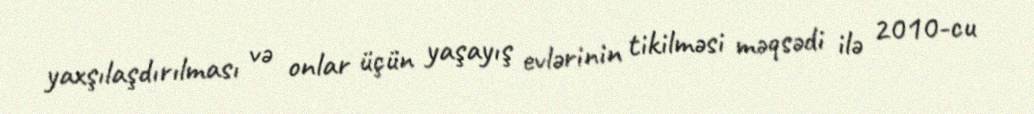
yaxşılaşdırılması və onlar üçün yaşayış evlərinin tikilməsi məqsədi ilə 2010-cu